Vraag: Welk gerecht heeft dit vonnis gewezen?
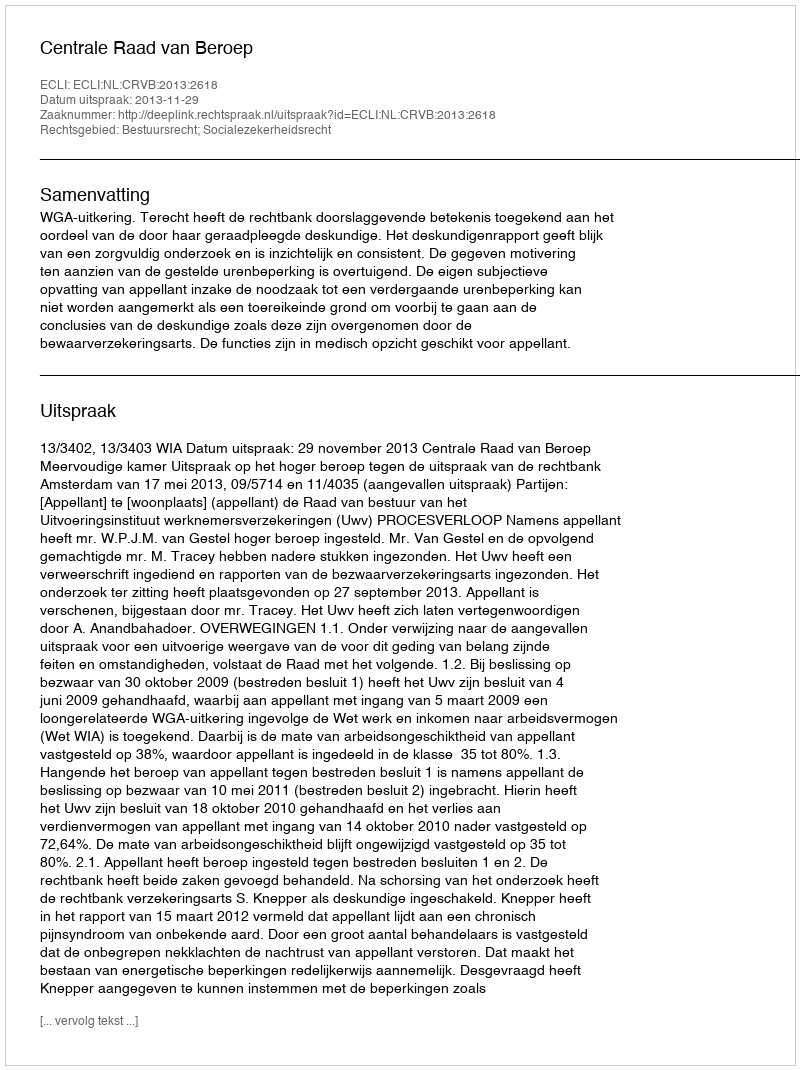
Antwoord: Centrale Raad van Beroep